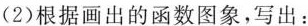
(2)根据画出的函数图象，写出：